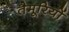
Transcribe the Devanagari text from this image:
तैमूरियों